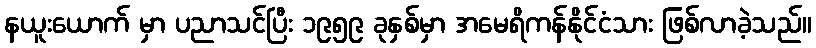
နယူးယောက် မှာ ပညာသင်ပြီး ၁၉၅၉ ခုနှစ်မှာ အမေရိကန်နိုင်ငံသား ဖြစ်လာခဲ့သည်။